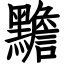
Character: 黵